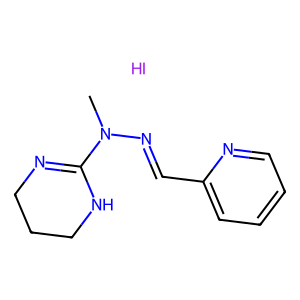
SMILES: CN(N=Cc1ccccn1)C1=NCCCN1.I
Inhibits HIV replication: No